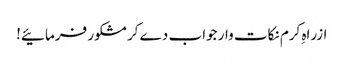
ازراہِ کرم نکات وار جواب دے کر مشکور فرمائیے!